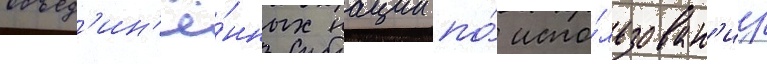
объед'ин'ё́нных нации по́ испо́льзован'иу